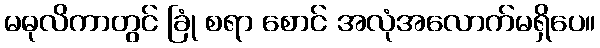
မဓုလိကာတွင် ခြုံ စရာ စောင် အလုံအလောက်မရှိပေ။